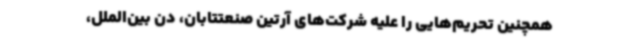
همچنین تحریم‌هایی را علیه شرکت‌های آرتین صنعتتابان، دن بین‌الملل،